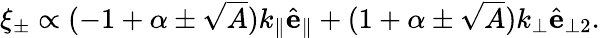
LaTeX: \begin{array}{r}{\xi_{\pm}\propto(-1+\alpha\pm\sqrt{A})k_{\parallel}\hat{\mathbf{e}}_{\parallel}+(1+\alpha\pm\sqrt{A})k_{\perp}\hat{\mathbf{e}}_{\perp 2}.}\end{array}